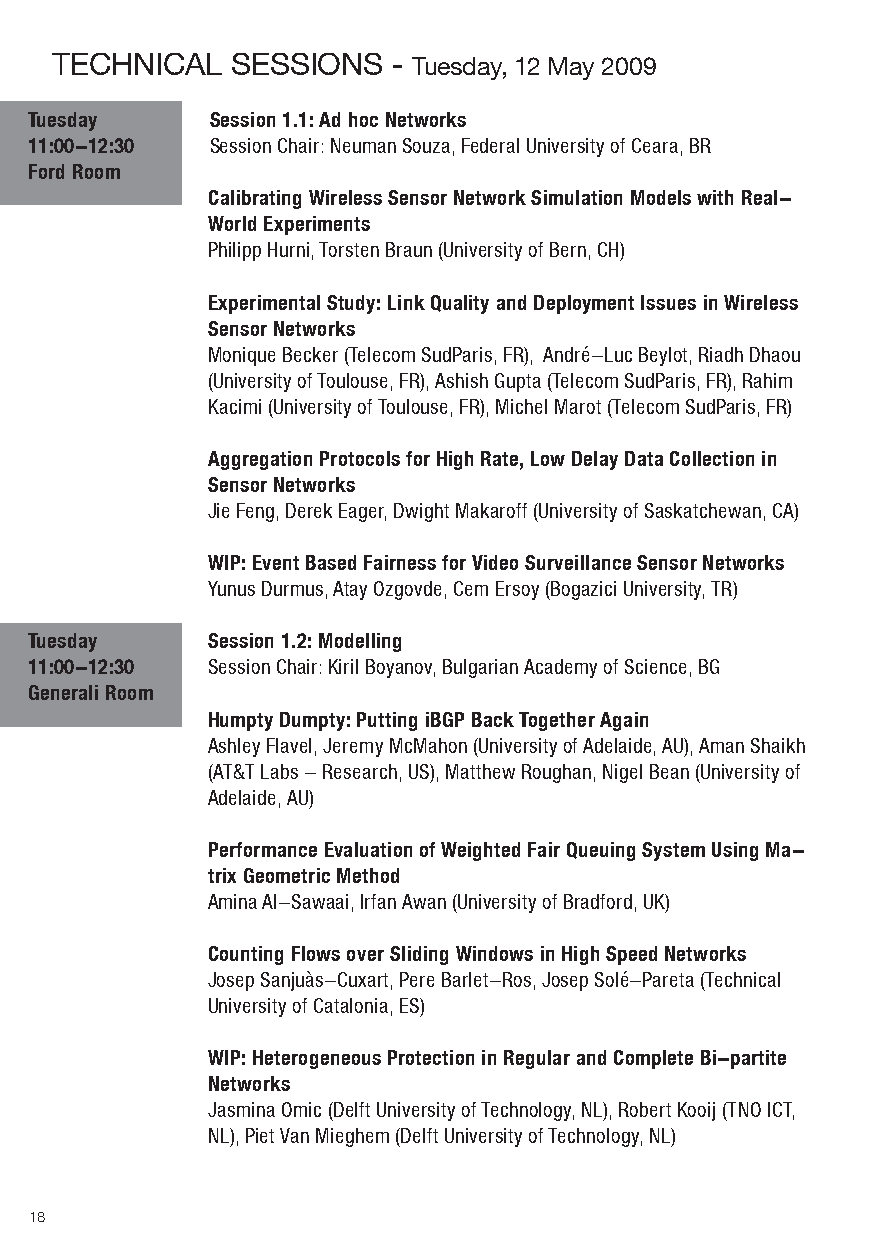
teCHNICAl   SeSSIoNS   - tuesday, 12 May 2009
 Tuesday     Session 1.1: Ad hoc Networks
 11:00-12:30 Session Chair: Neuman Souza, Federal University of Ceara, BR
 Ford Room
 Calibrating Wireless Sensor Network Simulation Models with Real-
 World Experiments
 Philipp Hurni, Torsten Braun (University of Bern, CH)
 Experimental Study: Link Quality and Deployment Issues in Wireless
 Sensor Networks
 Monique Becker (Telecom SudParis, FR), André-Luc Beylot, Riadh Dhaou
 (University of Toulouse, FR), Ashish Gupta (Telecom SudParis, FR), Rahim
 Kacimi (University of Toulouse, FR), Michel Marot (Telecom SudParis, FR)
 Aggregation Protocols for High Rate, Low Delay Data Collection in
 Sensor Networks
 Jie Feng, Derek Eager, Dwight Makaroff (University of Saskatchewan, CA)
 WIP: Event Based Fairness for Video Surveillance Sensor Networks
 Yunus Durmus, Atay Ozgovde, Cem Ersoy (Bogazici University, TR)
 Tuesday     Session 1.2: Modelling
 11:00-12:30 Session Chair: Kiril Boyanov, Bulgarian Academy of Science, BG
 Generali Room
 Humpty Dumpty: Putting iBGP Back Together Again
 Ashley Flavel, Jeremy McMahon (University of Adelaide, AU), Aman Shaikh
 (AT&T Labs - Research, US), Matthew Roughan, Nigel Bean (University of
 Adelaide, AU)
 Performance Evaluation of Weighted Fair Queuing System Using Ma-
 trix Geometric Method
 Amina Al-Sawaai, Irfan Awan (University of Bradford, UK)
 Counting Flows over Sliding Windows in High Speed Networks
 Josep Sanjuàs-Cuxart, Pere Barlet-Ros, Josep Solé-Pareta (Technical
 University of Catalonia, ES)
 WIP: Heterogeneous Protection in Regular and Complete Bi-partite
 Networks
 Jasmina Omic (Delft University of Technology, NL), Robert Kooij (TNO ICT,
 NL), Piet Van Mieghem (Delft University of Technology, NL)
 